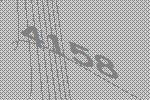
4158